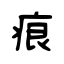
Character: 痕